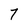
Character: 7